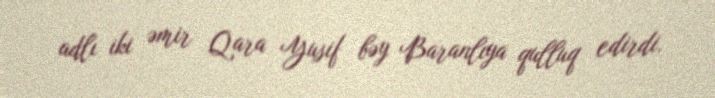
adlı iki əmir Qara Yusif bəy Baranlıya qulluq edirdi.